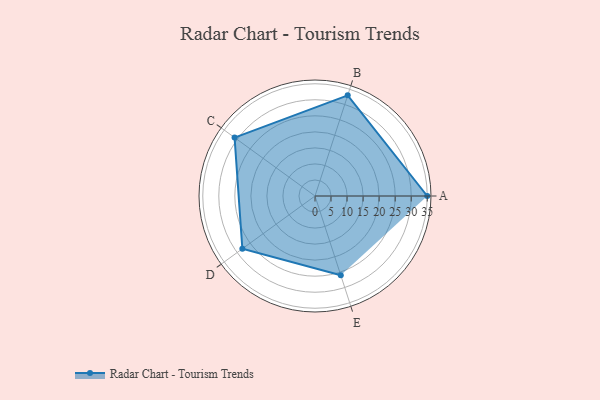
{"axis": {"x": "Skill", "y": "Score"}, "legend": ["Profile"], "data": [{"x": "A", "y": 35.0, "type": "Profile"}, {"x": "B", "y": 33.0, "type": "Profile"}, {"x": "C", "y": 31.0, "type": "Profile"}, {"x": "D", "y": 28.0, "type": "Profile"}, {"x": "E", "y": 26.0, "type": "Profile"}]}